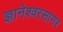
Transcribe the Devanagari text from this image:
ज्ञानेश्वरसागर